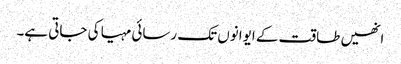
انھیں طاقت کے ایوانوں تک رسائی مہیا کی جاتی ہے۔